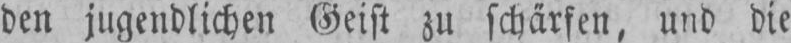
den jugendlichen Geist zu schärfen, und die